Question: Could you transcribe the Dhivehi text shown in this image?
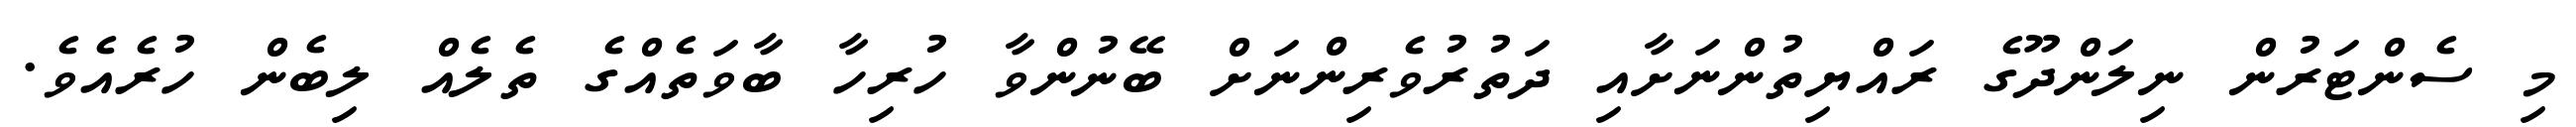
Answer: މި ސެންޓަރުން ނިލަންދޫގެ ރައްޔިތުންނަށާއި ދަތުރުވެރިންނަށް ބޭނުންވާ ހުރިހާ ބާވަތެއްގެ ތެލެއް ލިބެން ހުރެއެވެ.